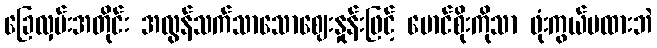
ခြေလှမ်းအတိုင်း အလွန်သက်သာသောဈေးနှုန်းဖြင့် မောင်စိုးကိုသာ ဖုံးကွယ်မထားဘဲ